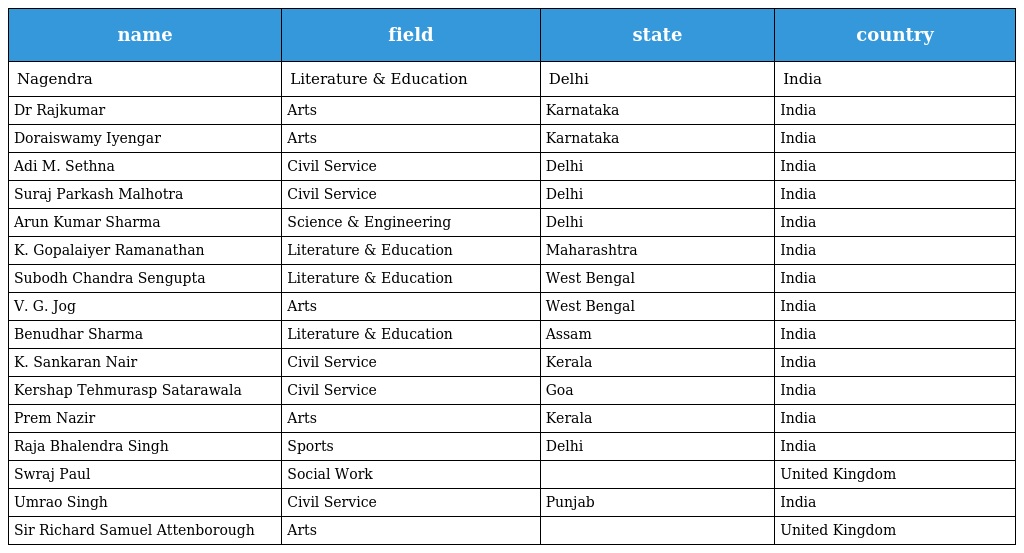
| name | field | state | country |
 | --- | --- | --- | --- |
 | Nagendra | Literature & Education | Delhi | India |
 | Dr Rajkumar | Arts | Karnataka | India |
 | Doraiswamy Iyengar | Arts | Karnataka | India |
 | Adi M. Sethna | Civil Service | Delhi | India |
 | Suraj Parkash Malhotra | Civil Service | Delhi | India |
 | Arun Kumar Sharma | Science & Engineering | Delhi | India |
 | K. Gopalaiyer Ramanathan | Literature & Education | Maharashtra | India |
 | Subodh Chandra Sengupta | Literature & Education | West Bengal | India |
 | V. G. Jog | Arts | West Bengal | India |
 | Benudhar Sharma | Literature & Education | Assam | India |
 | K. Sankaran Nair | Civil Service | Kerala | India |
 | Kershap Tehmurasp Satarawala | Civil Service | Goa | India |
 | Prem Nazir | Arts | Kerala | India |
 | Raja Bhalendra Singh | Sports | Delhi | India |
 | Swraj Paul | Social Work |  | United Kingdom |
 | Umrao Singh | Civil Service | Punjab | India |
 | Sir Richard Samuel Attenborough | Arts |  | United Kingdom |